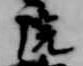
院